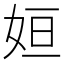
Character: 姮